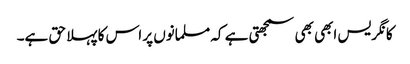
کانگریس ابھی بھی سمجھتی ہے کہ مسلمانوں پر اس کا پہلا حق ہے۔